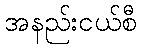
အနည်းငယ်စီ